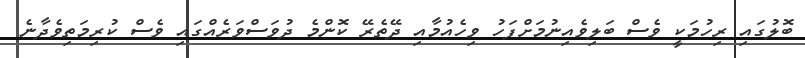
ބޮލުގައި ރިހުމަކީ ވެސް ބަލިވެއިނުމަށްފަހު ވިހެއުމާއި ދޭތެރޭ ކޮންމެ ދުވަސްވަރެއްގައި ވެސް ކުރިމަތިވެދާނެ